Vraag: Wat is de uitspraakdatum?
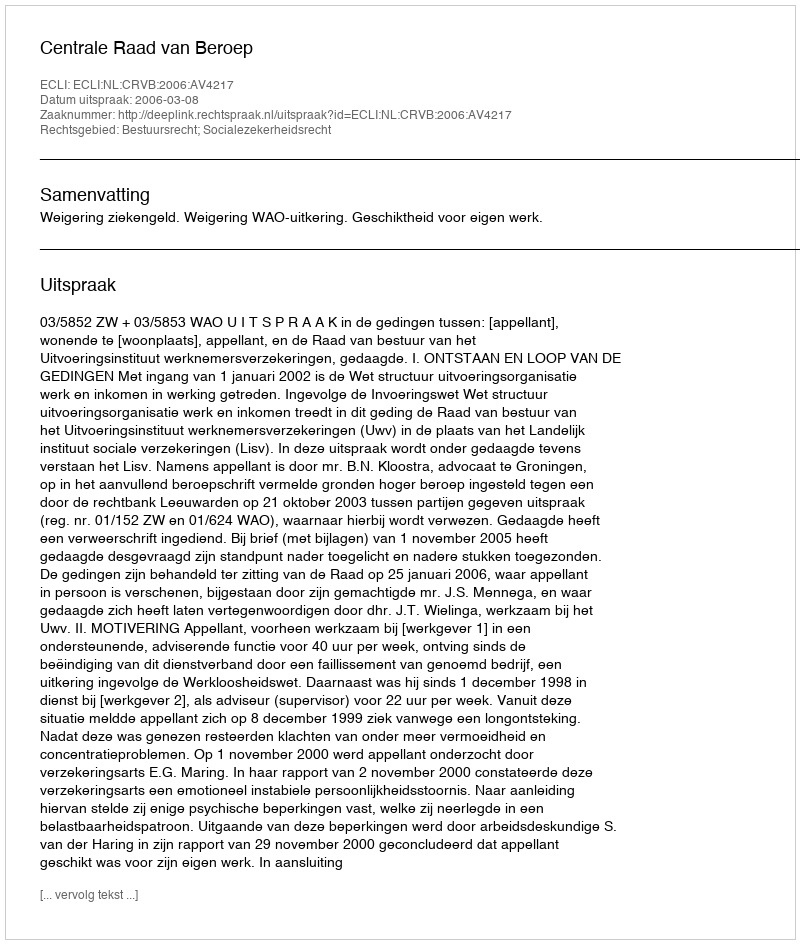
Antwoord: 2006-03-08